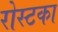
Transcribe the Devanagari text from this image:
रोस्टका